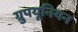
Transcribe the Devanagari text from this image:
ग्रुपयूनियन